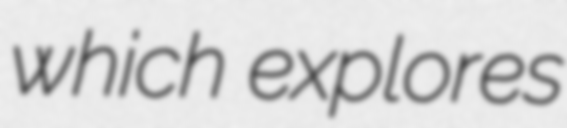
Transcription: which explores